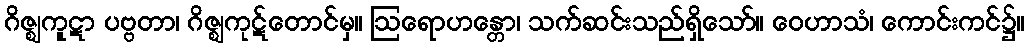
ဂိဇ္ဈကူဋာ ပဗ္ဗတာ၊ ဂိဇ္ဈကုဋ်တောင်မှ။ ဩရောဟန္တော၊ သက်ဆင်းသည်ရှိသော်။ ဝေဟာသံ၊ ကောင်းကင်၌။